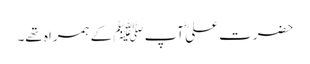
حضرت علیؓ آپﷺ کے ہمراہ تھے۔